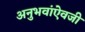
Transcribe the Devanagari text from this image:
अनुभवांऐवजी